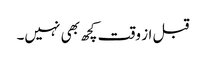
قبل از وقت کچھ بھی نہیں۔